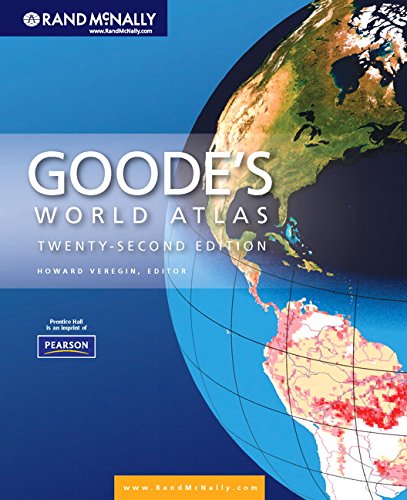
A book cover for Goode's World Atlas (22nd Edition); Rand Rand McNally; Science & Math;